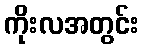
ကိုးလအတွင်း